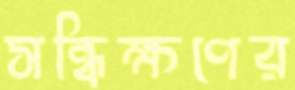
সন্ধিক্ষণের